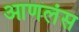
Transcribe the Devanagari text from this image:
आणलंस